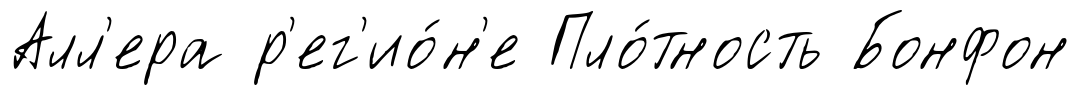
Алл'ера р'ег'ио́н'е Пло́тность Бонфон